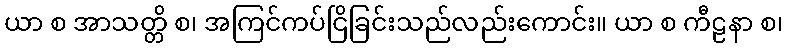
ယာ စ အာသတ္တိ စ၊ အကြင်ကပ်ငြိခြင်းသည်လည်းကောင်း။ ယာ စ ကီဠနာ စ၊